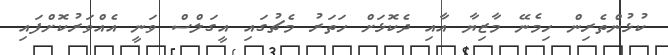
ކުޅުންތެރިން ހިމެނޭ މާޒިޔާ އާއި ދެކޮޅަށް ހަތަރު މެޗުގައި އީގަލްސް ވަނީ އެއްވަރުކޮށްފައި